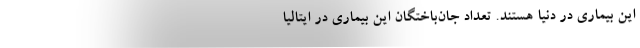
این بیماری در دنیا هستند. تعداد جان‌باختگان این بیماری در ایتالیا